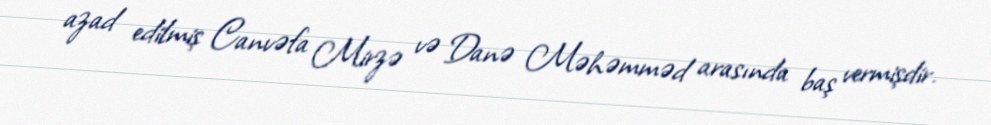
azad edilmiş Canvəfa Mirzə və Danə Məhəmməd arasında baş vermişdir.